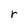
Character: r